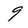
Character: 9